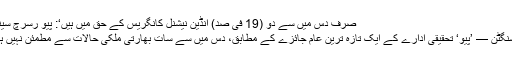
صرف دس میں سے دو (19 فی صد) انڈین نیشنل کانگریس کے حق میں ہیں‘: پیو رسرچ سینٹر
واشنگٹن — ’پیو‘ تحقیقی ادارے کے ایک تازہ ترین عام جائزے کے مطابق، دس میں سے سات بھارتی ملکی حالات سے مطمئن نہیں ہیں۔